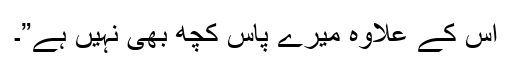
اس کے علاوہ میرے پاس کچھ بھی نہیں ہے”۔